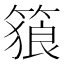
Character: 𥱉